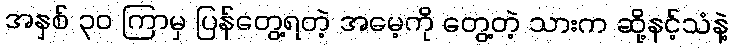
အနှစ် ၃၀ ကြာမှ ပြန်တွေ့ရတဲ့ အမေ့ကို တွေ့တဲ့ သားက ဆို့နင့်သံနဲ့